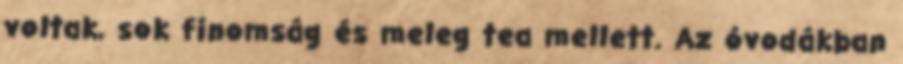
voltak, sok finomság és meleg tea mellett. Az óvodákban